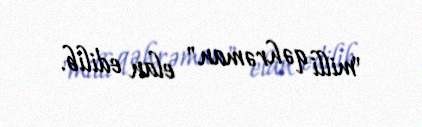
"milli qəhrəman" elan edilib.